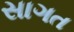
સાગત